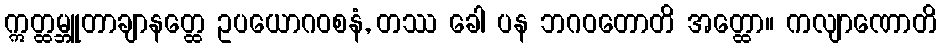
ဣတ္ထမ္ဘူတာချာနတ္ထေ ဥပယောဂဝစနံ, တဿ ခေါ ပန ဘဂဝတောတိ အတ္ထော။ ကလျာဏောတိ